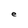
Character: e